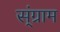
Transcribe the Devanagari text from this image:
स्ंग्राम